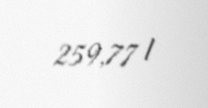
259,77 l